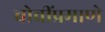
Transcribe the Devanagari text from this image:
चोचींप्रमाणे